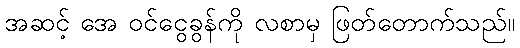
အဆင့် အေ ဝင်ငွေခွန်ကို လစာမှ ဖြတ်တောက်သည်။